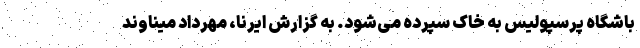
باشگاه پرسپولیس به خاک سپرده می‌شود. به گزارش ایرنا، مهرداد میناوند